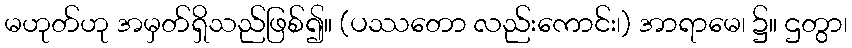
မဟုတ်ဟု အမှတ်ရှိသည်ဖြစ်၍။ (ပဿတော လည်းကောင်း၊) အာရာမေ၊ ၌။ ဌတွာ၊